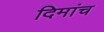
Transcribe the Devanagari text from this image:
दिमांच